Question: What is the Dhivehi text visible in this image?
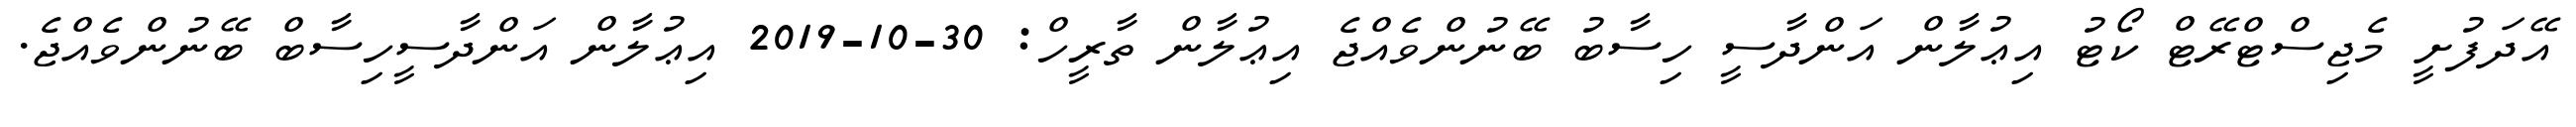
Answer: އޭދަފުށީ މެޖިސްޓްރޭޓް ކޯޓު އިޢުލާން އަންދާސީ ހިސާބު ބޭނުންވެއްޖެ އިޢުލާން ތާރީހް: 30-10-2019 އިޢުލާން އަންދާސީހިސާބް ބޭނުންވެއްޖެ.